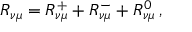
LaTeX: R _ { \nu \mu } = R _ { \nu \mu } ^ { + } + R _ { \nu \mu } ^ { - } + R _ { \nu \mu } ^ { 0 } \, ,